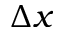
\Delta x